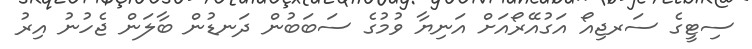
ސިޓީގެ ސަރޖިއޯ އަގުއޭރޯއަށް އަނިޔާ ވުމުގެ ސަބަބުން ދަނޑުން ބާލަން ޖެހުނު އިރު